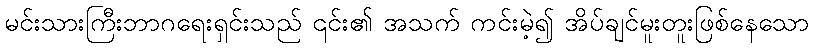
မင်းသားကြီးဘာဂရေးရှင်းသည် ၎င်း၏ အသက် ကင်းမဲ့၍ အိပ်ချင်မူးတူးဖြစ်နေသော